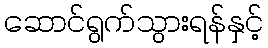
ဆောင်ရွက်သွားရန်နှင့်